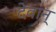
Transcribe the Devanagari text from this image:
देवान्